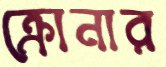
ক্রোনার